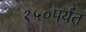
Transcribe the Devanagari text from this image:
१५०पर्यंत